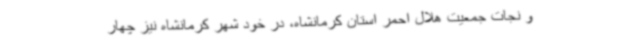
و نجات جمعیت هلال احمر استان کرمانشاه، در خود شهر کرمانشاه نیز چهار